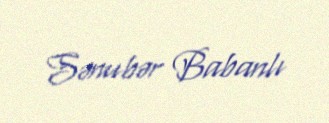
Sənubər Babanlı